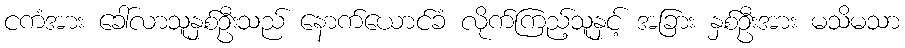
ငကံအား ခေါ်လာသူနှစ်ဦးသည် နောက်ယောင်ခံ လိုက်ကြည့်သူနှင့် အခြား နှစ်ဦးအား မသိမသာ